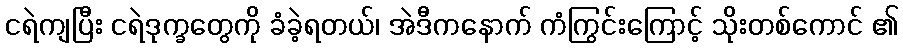
ငရဲကျပြီး ငရဲဒုက္ခတွေကို ခံခဲ့ရတယ်၊ အဲဒီကနောက် ကံကြွင်းကြောင့် သိုးတစ်ကောင် ၏